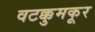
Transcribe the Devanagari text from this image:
वटक्कुमकूर